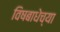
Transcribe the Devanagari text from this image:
विषबाधेच्या